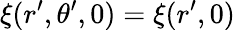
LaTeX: \xi(r^{\prime},\theta^{\prime},0)=\xi(r^{\prime},0)